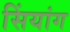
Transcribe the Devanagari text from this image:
सिंयांग